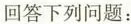
回答下列问题：